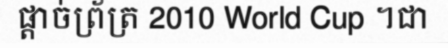
ផ្តាច់ព្រ័ត្រ 2010 World Cup ។ជា